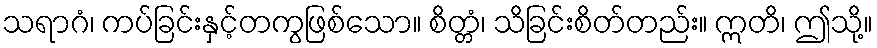
သရာဂံ၊ ကပ်ခြင်းနှင့်တကွဖြစ်သော။ စိတ္တံ၊ သိခြင်းစိတ်တည်း။ ဣတိ၊ ဤသို့။